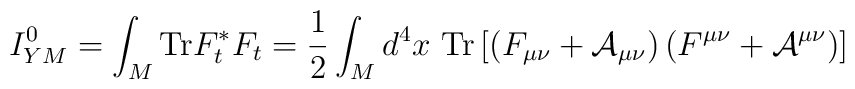
I_{YM}^0  =  \int_{M} {\rm Tr} F_t^* F_t            =  \frac{1}{2} \int_{M} d^4 x \ {\rm Tr} \left[ \left(   F_{\mu \nu} + {\cal A}_{\mu \nu} \right)   \left( F^{\mu \nu} + {\cal A}^{\mu \nu} \right) \right]